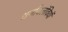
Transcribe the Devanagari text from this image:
धर्मावलंवियों